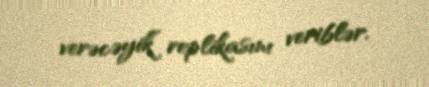
verəcəyik” replikasını veriblər.